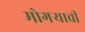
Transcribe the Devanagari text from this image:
मोगऱ्याची